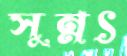
সুন্নৎ